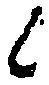
候